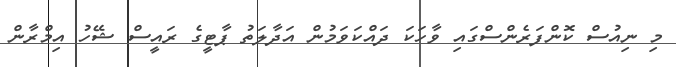
މި ނިއުސް ކޮންފަރެންސްގައި ވާހަކަ ދައްކަވަމުން އަދާލަތު ޕާޓީގެ ރައީސް ޝޭހު އިމްރާން